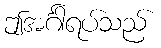
ဤအင်္ဂါရပ်သည်